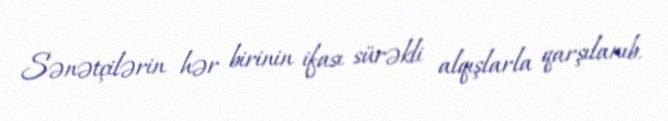
Sənətçilərin hər birinin ifası sürəkli alqışlarla qarşılanıb.